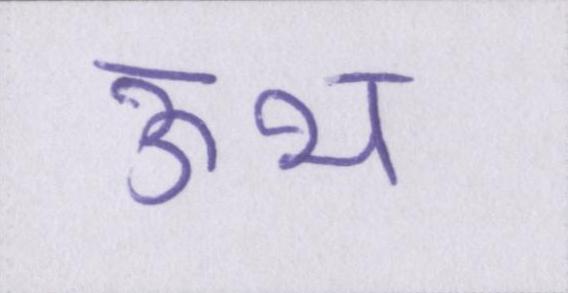
ऊभ